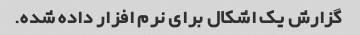
گزارش یک اشکال برای نرم افزار داده شده.